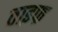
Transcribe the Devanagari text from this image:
ताइफ